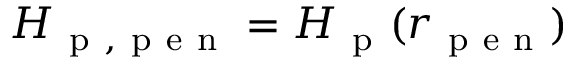
H _ { \mathrm { ~ p ~ , ~ p ~ e ~ n ~ } } = H _ { \mathrm { ~ p ~ } } ( r _ { \mathrm { ~ p ~ e ~ n ~ } } )